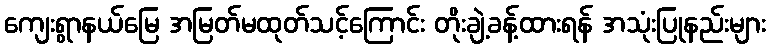
ကျေးရွာနယ်မြေ အမြတ်မထုတ်သင့်ကြောင်း တိုးချဲ့ခန့်ထားရန် အသုံးပြုနည်းများ